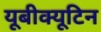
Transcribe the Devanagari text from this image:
यूबीक्यूटिन